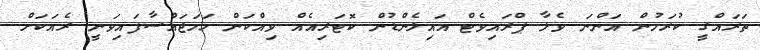
ތަރައްގީ ކުރަމުން އަންނަ ވެލާ ޕްރައިވެޓް އައިލެންޑުން ކޮޓަރިއެއް ވިއްކަން ހަމަޖައްސާފައިވަނީ ރެއަކަށް